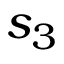
s _ { 3 }